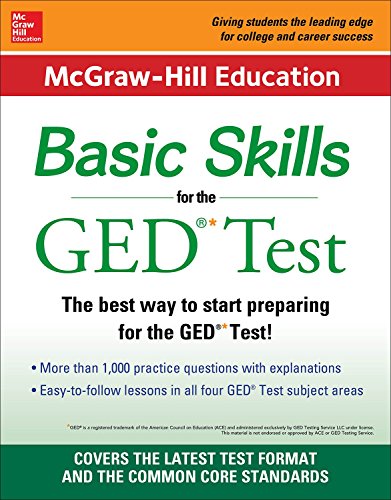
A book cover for McGraw-Hill Education Basic Skills for the GED Test; McGraw-Hill Education; Test Preparation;